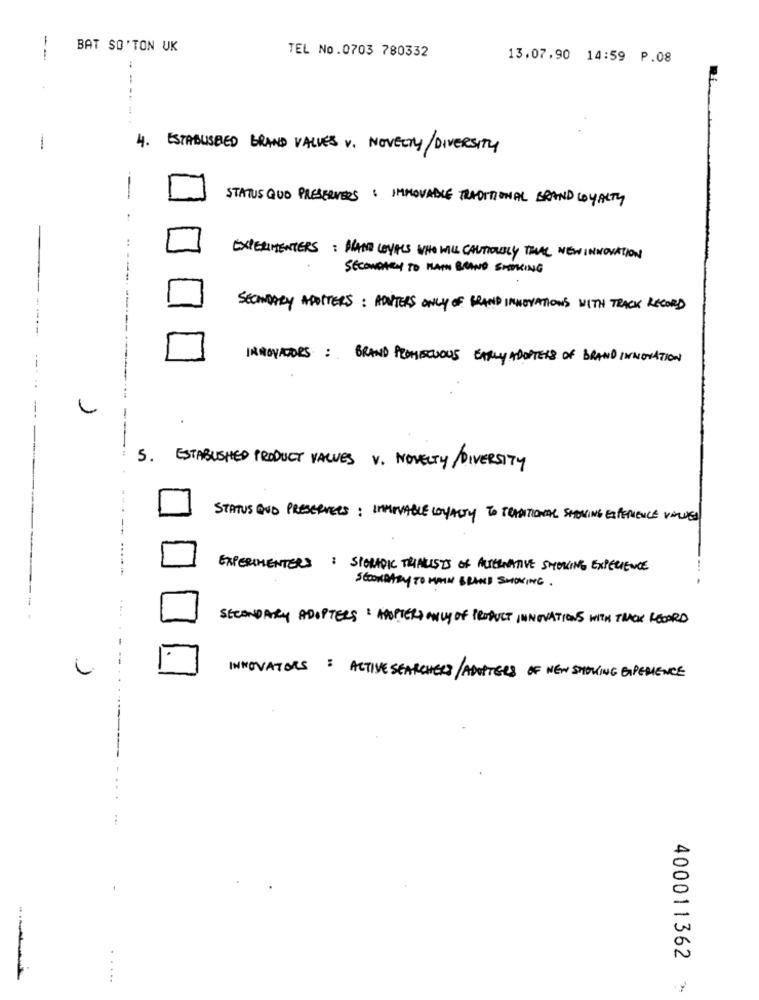
BAT SO' TON UK
TEL No.0703 780332
13.07.90 14:59 P.08
----.
4.
1
ESTABUSBED BRAND VALUES V. NOVELTY/DIVERSITY
STATUS QUO PRESERVERS : IMMOVABLE TRADITIONAL BRAND LOYALTY
:
EXPERIMENTERS : HAND LOYALS WHO WILL CAUTIOUSLY THAT NEWINNOVATION
SECONDARY TO MAIN BRAND SMOKING
SECONDARY APOTTERS : ADUTERS ONLY OF GRAND INNOVATIONS WITH TRACK RECORD
INNOVATORS : BRAND PROMISCUOUS EARLY ADOPTERS OF BRAND INNOVATION
--
- ------------------
-
5. ESTABLISHED PRODUCT VALUES V. NOVELTY/DIVERSITY
STATUS AND PRESERVEES: IMMOVABLE LOYALTY TO TRADITIONAL SHOWING EXPERIENCE VIVED
-
....-
EXPERIMENTERS : SIGNIDIC TRIALISTS OF ALTERNATIVE SMOKING EXPERIENCE
SECONDARY TO MAIN BRAND SHOWING.
SECONDARY ADOPTERS & ADOPTER ONLY OF PRODUCT INNOVATIONS WITH TRACK RECORD
- -
INNOVATORS : ACTIVE SEARCHERS/ ADOPTERS OF NEW SMOKING EXPERIENCE
400011362
...